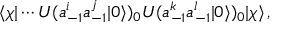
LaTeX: \langle \chi | \cdots U ( a _ { - 1 } ^ { i } a _ { - 1 } ^ { j } | 0 \rangle ) _ { 0 } U ( a _ { - 1 } ^ { k } a _ { - 1 } ^ { l } | 0 \rangle ) _ { 0 } | \chi \rangle \, ,